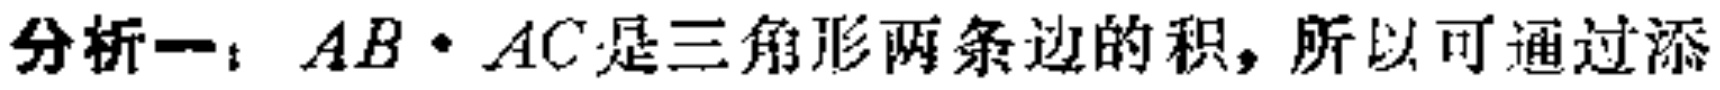
分析一：\(AB\cdot AC\)是三角形两条边的积，所以可通过添